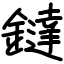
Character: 鐽